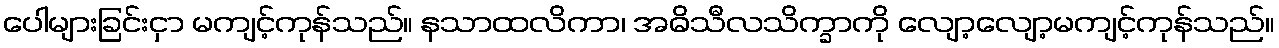
ပေါများခြင်းငှာ မကျင့်ကုန်သည်။ နသာထလိကာ၊ အဓိသီလသိက္ခာကို လျော့လျော့မကျင့်ကုန်သည်။